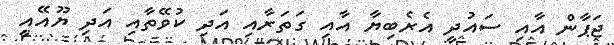
ޖަޕާން އާއި ސައުދީ އެރެބިޔާ އާއި ގަތަރާއި އަދި ކުވޭތާއި އަދި ޔޫއޭއީ